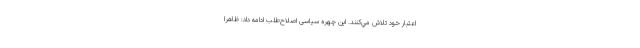
اعتبار خود تلاش مي‌كنند. این چهره سیاسی اصلاح‌طلب ادامه داد: ظاهرا